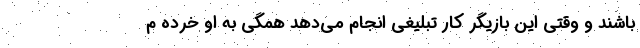
باشند و وقتی این بازیگر کار تبلیغی انجام می‌دهد همگی به او خرده م